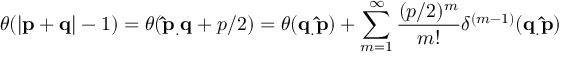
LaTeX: \theta ( | \mathbf { p } + \mathbf { q } | - 1 ) = \theta ( \mathbf { \hat { p } _ { . } q } + p / 2 ) = \theta ( \mathbf { q _ { . } \hat { p } } ) + \sum _ { m = 1 } ^ { \infty } \frac { ( p / 2 ) ^ { m } } { m ! } \delta ^ { ( m - 1 ) } ( \mathbf { q _ { . } \hat { p } } )